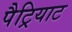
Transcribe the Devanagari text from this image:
पैट्रियाट